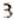
3